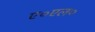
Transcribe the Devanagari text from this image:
ए०एल०